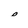
Character: 0